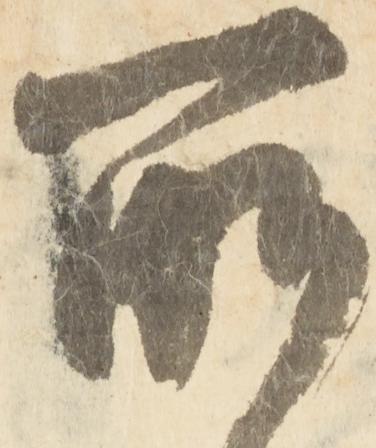
所